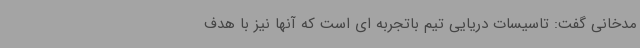
مدخانی گفت: تاسیسات دریایی تیم باتجربه ای است که آنها نیز با هدف